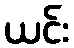
ယင်း